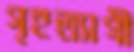
গৃহত্যাগী